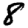
Digit: 8